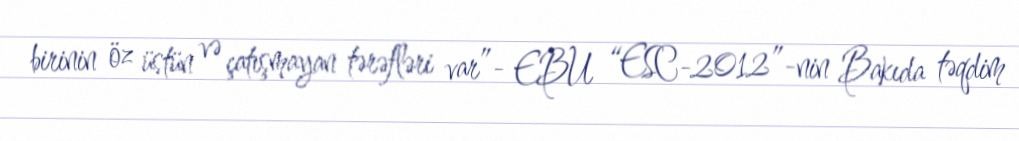
birinin öz üstün və çatışmayan tərəfləri var”- EBU “ESC-2012”-nin Bakıda təqdim